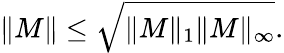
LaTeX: \| M\| \leq\sqrt{\| M\| _{1}\| M\| _{\infty}}.